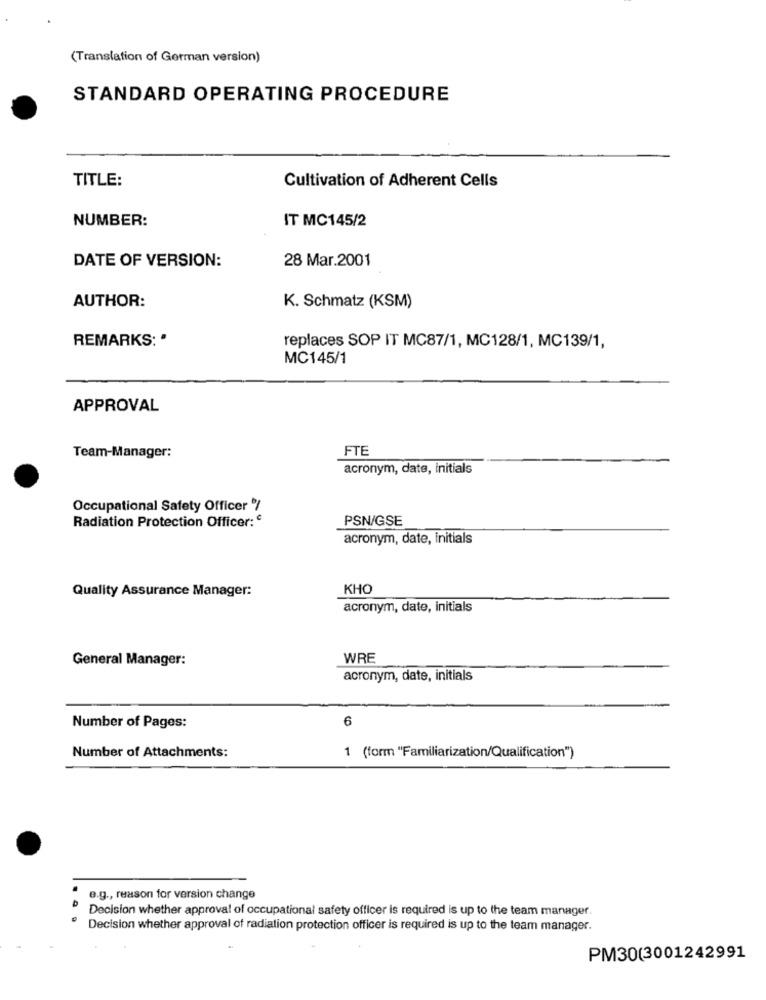
(Translation of German version)
STANDARD OPERATING PROCEDURE
TITLE:
Cultivation of Adherent Cells
NUMBER:
IT MC145/2
DATE OF VERSION:
28 Mar.2001
AUTHOR:
K. Schmatz (KSM)
REMARKS: "
replaces SOP IT MC87/1, MC128/1, MC139/1,
MC145/1
APPROVAL
FTE
Team-Manager:
acronym, date, initials
Occupational Safety Officer /
Radiation Protection Officer: e
PSN/GSE
acronym, date, initials
Quality Assurance Manager:
KHO
acronym, date, initials
General Manager:
WRE
acronym, date, initials
6
Number of Pages:
Number of Attachments:
1 (form "Familiarization/Qualification")
e.g ., reason for version change
Decision whether approval of occupational safety officer is required is up to the team manager.
Decision whether approval of radiation protection officer is required is up to the team manager.
PM30(3001242991